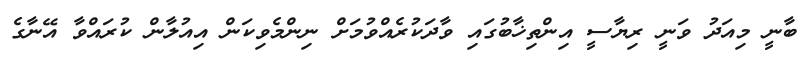
ބާނީ މިއަދު ވަނީ ރިޔާސީ އިންތިޚާބުގައި ވާދަކުރެއްވުމަށް ނިންމެވިކަން އިއުލާން ކުރައްވާ އޭނާގެ